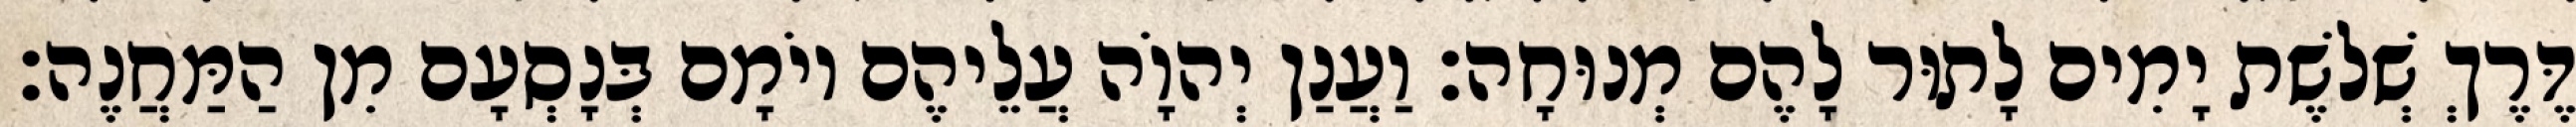
דֶּרֶךְ שְׁלשֶׁת יָמִים לָתוּר לָהֶם מְנוּחָה׃ וַעֲנַן יְהוָֹה עֲלֵיהֶם יוֹמָם בְּנָסְעָם מִן הַמַּחֲנֶה׃